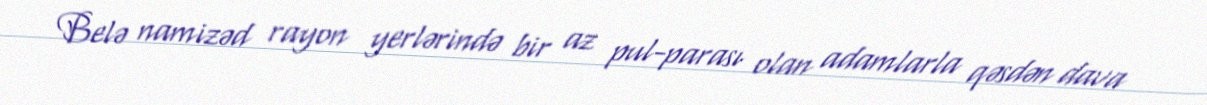
Belə namizəd rayon yerlərində bir az pul-parası olan adamlarla qəsdən dava